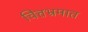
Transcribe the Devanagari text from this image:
चित्तभ्रमात